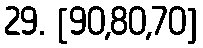
29. [90,80,70]